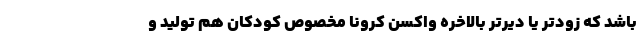
باشد که زودتر یا دیرتر بالاخره واکسن کرونا مخصوص کودکان هم تولید و